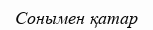
Сонымен қатар